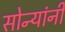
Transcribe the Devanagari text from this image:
सोन्यांनी